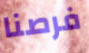
فرصنا